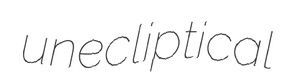
unecliptical